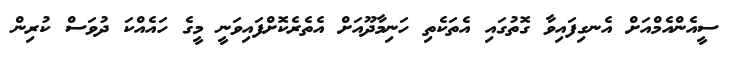
ސީއެންއެމްއަށް އެނގިފައިވާ ގޮތުގައި އެތަކެތި ހަނިމާދޫއަށް އެތެރެކޮށްފައިވަނީ މީގެ ހައެއްކަ ދުވަސް ކުރިން